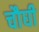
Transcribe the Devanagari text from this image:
चौघी